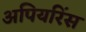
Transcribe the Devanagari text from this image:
अपियरिंस